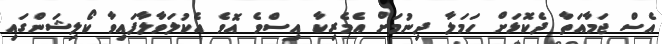
އެސް ޖަމާއަތާ ދެކޮޅަށް ހަމަލާ ދިނުމަށް އެމެރިކާ އިސްވެ އޮވެ އެކުލަވާލާފައިވާ ކޯލިޝަންގައި